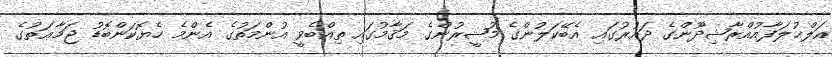
އަލްޚުލަފާއުއްރާޝިދޫންގެ ދައުރުގައި އެބޭކަލުންގެ މުޝީރުންގެ މަޤާމުގައި ތިއްބެވީ އުންމަތުގެ އެންމެ ހެޔޮކަންބޮޑު ޖަމާޢަތުގެ